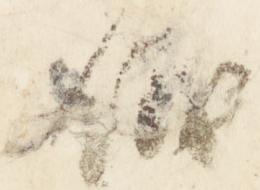
儀